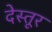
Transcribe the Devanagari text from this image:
देस्तूर